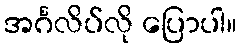
အင်္ဂလိပ်လို ပြောပါ။